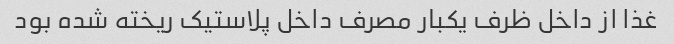
غذا از داخل ظرف یکبار مصرف داخل پلاستیک ریخته شده بود